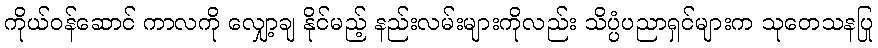
ကိုယ်ဝန်ဆောင် ကာလကို လျှော့ချ နိုင်မည့် နည်းလမ်းများကိုလည်း သိပ္ပံပညာရှင်များက သုတေသနပြု